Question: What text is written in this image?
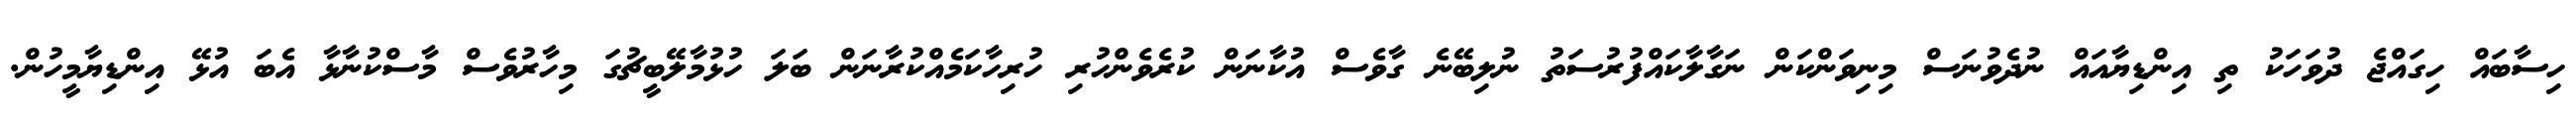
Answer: ހިސާބައް ހިގައްޖެ ދުވަހަކު ތި އިންޑިޔާއައް ނުދެވުނަސް މިނިވަންކަން ނަގާލާކައްފުރުސަތު ނުލިބޭނެ ގާވެސް އުކާނަން ކުރެވެންހުރި ހުރިހާކަމެއްކުރާނަން ބަލަ ހުޅުމާލޭބީޗުގަ މިހާރުވެސް މާސްކުނާޅާ އެބަ އުޅޭ އިންޑިޔާމީހުން.